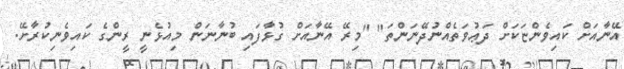
އޭނާއަށް ކައިވެންޏަކަށް ދަޢުވަތެއްނުދޭނަންތަ" "މިރޭ އޭނާއަށް ގުޅާފައި ބުނާނަން މިއުޅެނީ ރީންގެ ކައިވެނިކުރާށޭ.